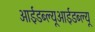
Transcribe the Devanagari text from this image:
आईडब्ल्यूआईडब्ल्यू